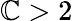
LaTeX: \mathbb{C}>2